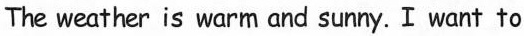
The weather is warm and sunny.I want to